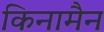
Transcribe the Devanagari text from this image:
किनामैन